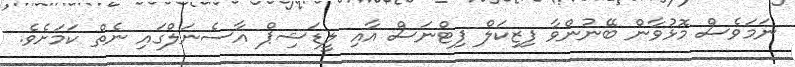
ނަމަވެސް މޮޅުވާން ބޭނުންވާ ފިޒިކަލް ފިޓްނަސް އާއި ލީޑަޝިޕް އާސެނަލްގައި ނެތް ކަމަށެވެ.